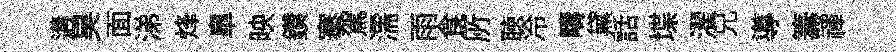
遘昊面涕烽臯映鑽搴駕濡雨食𠩄聴冷疇黛話堞濯兄導籌禈